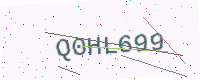
Text: Q0HL699